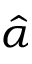
\hat { \alpha }